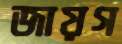
জায়গ